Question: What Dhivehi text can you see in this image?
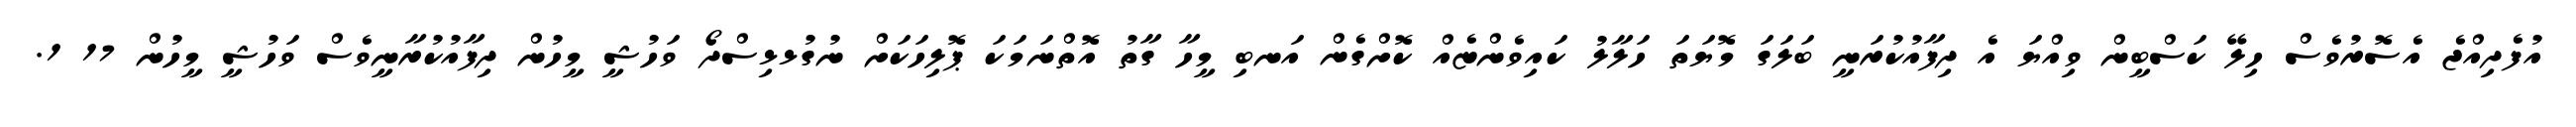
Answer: އުފެދިއްޖެ އެސޮރުވެސް ހިލޭ ކަސްބީން ވިއްޔަ އެ ދިފާއުކުރަނީ ބަލަގަ މޮޔަތަ ހަލާލު ކައިވެންޏެއް ކޮށްގެން އަނބި މީހާ ގާތު އޮތްނަމަކަ ޕޮލިހަކަށް ނުގުޅޅިސްދޯ ވަހުޝީ މީހުން ދިފާއުކުރާނީވެސް ވަހުޝީ މީހުން 17 1.